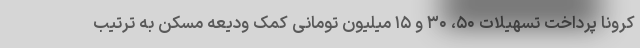
کرونا پرداخت تسهیلات ۵۰، ۳۰ و ۱۵ میلیون تومانی کمک ودیعه مسکن به ترتیب